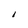
Character: I